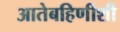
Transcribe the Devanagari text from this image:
आतेबहिणीशी